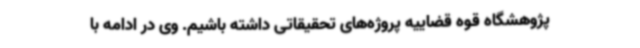
پژوهشگاه قوه قضاییه پروژه‌های تحقیقاتی داشته باشیم. وی در ادامه با